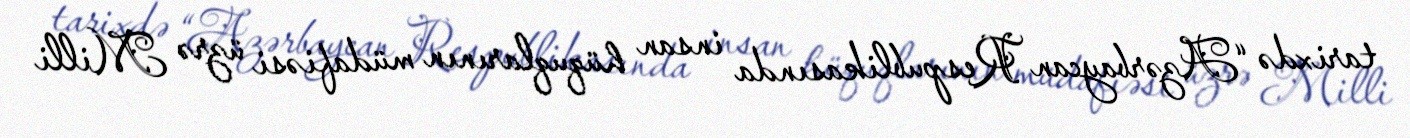
tarixdə “Azərbaycan Respublikasında insan hüquqlarının müdafiəsi üzrə Milli